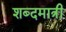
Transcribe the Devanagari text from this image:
शब्दमात्री